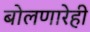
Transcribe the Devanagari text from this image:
बोलणारेही